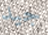
جيد